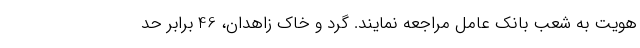
هویت به شعب بانک عامل مراجعه نمایند. گرد و خاک زاهدان، 46 برابر حد